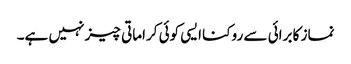
نماز کا برائی سے روکنا ایسی کوئی کراماتی چیز نہیں ہے۔